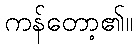
ကန်တော့၏။